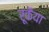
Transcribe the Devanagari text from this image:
रूकैया